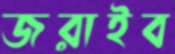
জরাইব